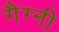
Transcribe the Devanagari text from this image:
गैग्नी